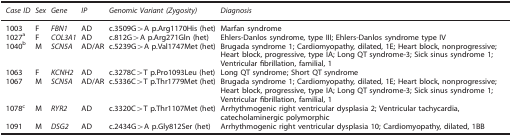
<table><thead><tr><td><b><i>Case ID</i></b></td><td><b><i>Sex</i></b></td><td><b><i>Gene</i></b></td><td><b><i>IP</i></b></td><td><b><i>Genomic Variant (Zygosity)</i></b></td><td><b><i>Diagnosis</i></b></td></tr></thead><tbody><tr><td>1003</td><td>F</td><td><i>FBN1</i></td><td>AD</td><td>c.3509G&gt;A p.Arg1170His (het)</td><td>Marfan syndrome</td></tr><tr><td>1027a</td><td>F</td><td><i>COL3A1</i></td><td>AD</td><td>c.812G&gt;A p.Arg271Gln (het)</td><td>Ehlers-Danlos syndrome, type III; Ehlers-Danlos syndrome type IV</td></tr><tr><td>1040b</td><td>M</td><td><i>SCN5A</i></td><td>AD/AR</td><td>c.5239G&gt;A p.Val1747Met (het)</td><td>Brugada syndrome 1; Cardiomyopathy, dilated, 1E; Heart block, nonprogressive; Heart block, progressive, type IA; Long QT syndrome-3; Sick sinus syndrome 1;Ventricular fibrillation, familial, 1</td></tr><tr><td>1063</td><td>F</td><td><i>KCNH2</i></td><td>AD</td><td>c.3278C&gt;T p.Pro1093Leu (het)</td><td>Long QT syndrome; Short QT syndrome</td></tr><tr><td>1067</td><td>M</td><td><i>SCN5A</i></td><td>AD/AR</td><td>c.5336C&gt;T p.Thr1779Met (het)</td><td>Brugada syndrome 1; Cardiomyopathy, dilated, 1E; Heart block, nonprogressive; Heart block, progressive, type IA; Long QT syndrome-3; Sick sinus syndrome 1; Ventricular fibrillation, familial, 1</td></tr><tr><td>1078c</td><td>M</td><td><i>RYR2</i></td><td>AD</td><td>c.3320C&gt;T p.Thr1107Met (het)</td><td>Arrhythmogenic right ventricular dysplasia 2; Ventricular tachycardia, catecholaminergic polymorphic</td></tr><tr><td>1091</td><td>M</td><td><i>DSG2</i></td><td>AD</td><td>c.2434G&gt;A p.Gly812Ser (het)</td><td>Arrhythmogenic right ventricular dysplasia 10; Cardiomyopathy, dilated, 1BB</td></tr></tbody></table>